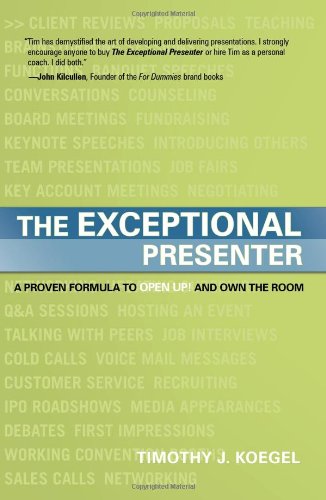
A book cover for The Exceptional Presenter: A Proven Formula to Open Up and Own the Room; Timothy J. Koegel; Business & Money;